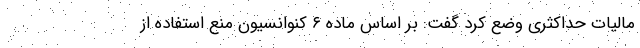
مالیات حداکثری وضع کرد گفت: بر اساس ماده ۶ کنوانسیون منع استفاده از